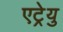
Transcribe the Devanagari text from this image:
एट्रेयु